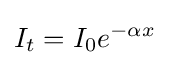
I_{t}=I_{0}e^{-\alpha x}